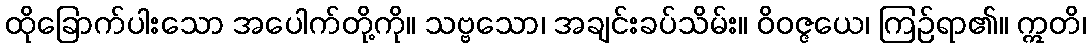
ထိုခြောက်ပါးသော အပေါက်တို့ကို။ သဗ္ဗသော၊ အချင်းခပ်သိမ်း။ ဝိဝဇ္ဇယေ၊ ကြဉ်ရာ၏။ ဣတိ၊